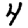
Digit: 4